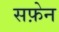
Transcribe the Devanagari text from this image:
सफ़ेन